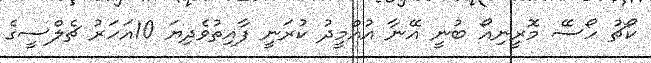
ކޯޗު ހޯސޭ މޮރީނިއޯ ބުނީ އޭނާ އުއްމީދު ކުރަނީ ފާއިތުވެދިޔަ 10އަހަރު ޗެލްސީގެ